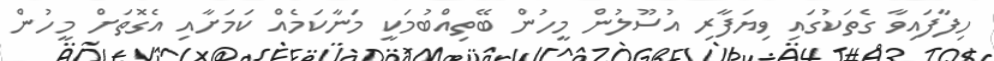
ހިފާފައިވާ ގެތަކުގައި ވިޔަފާރި އުސޫލުން މީހުން ބޭތިއްބުމަކީ މަނާކަމެއް ކަމަށާއި އެގޮތަށް މީހުން